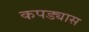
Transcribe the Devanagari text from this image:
कपड्यास